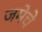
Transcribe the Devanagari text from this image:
जमेचे